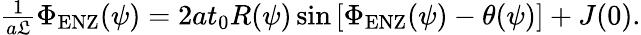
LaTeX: \begin{array}{r}{\frac{1}{a\mathfrak{L}}\Phi_{\mathrm{ENZ}}(\psi)=2at_{0}R(\psi)\sin\left[\Phi_{\mathrm{ENZ}}(\psi)-\theta(\psi)\right]+J(0).}\end{array}